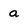
Character: a